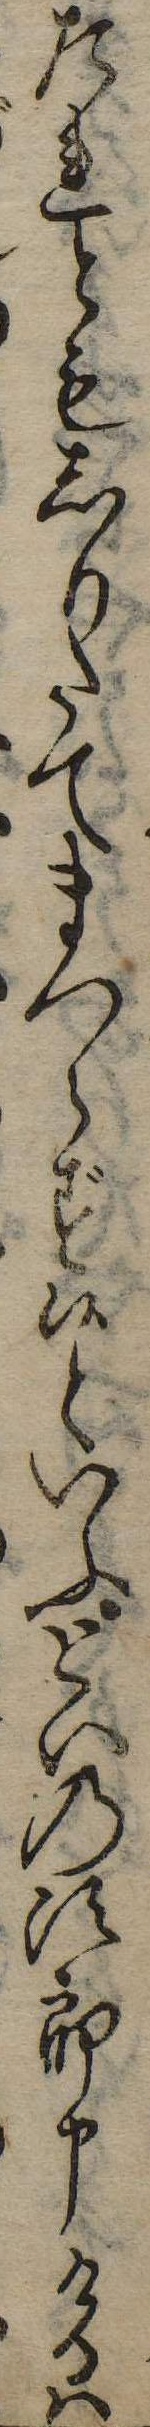
たれともしりたてまつらず候といふといの次郎申けるは